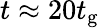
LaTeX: t\approx 20t_{\mathrm{g}}